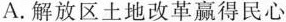
A.解放区土地改革赢得民心